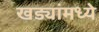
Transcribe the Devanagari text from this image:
खड्यांमध्ये